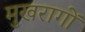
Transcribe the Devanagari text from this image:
मुखरागों